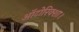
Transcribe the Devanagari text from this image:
ऑटोरिक्शा।